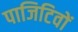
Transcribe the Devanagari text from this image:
पाजिटिवों